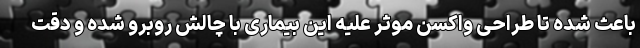
باعث شده تا طراحی واکسن موثر علیه این بیماری با چالش روبرو شده و دقت